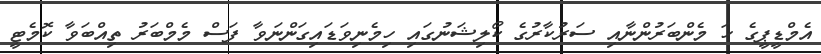
އެމްޑީޕީގެ ހަ މެންބަރުންނާއި ސަރުކާރުގެ ކޯލިޝަނުގައި ހިމެނިވަޑައިގަންނަވާ ފަސް މެމްބަރު ތިއްބަވާ ކޮމެޓީ